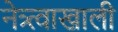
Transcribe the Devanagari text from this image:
नेत्र्त्वाखाली